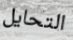
التحايل